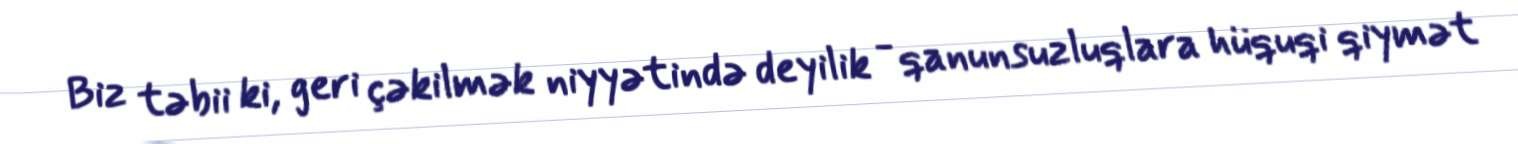
Biz təbii ki, geri çəkilmək niyyətində deyilik - qanunsuzluqlara hüquqi qiymət